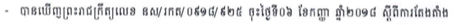
- បានឃើញព្រះរាជក្រឹត្យលេខ នស/រកត/០៩១៨/៩២៥ ចុះថ្ងៃទី០៦ ខែកញ្ញា ឆ្នាំ២០១៨ ស្តីពីការតែងតាំង